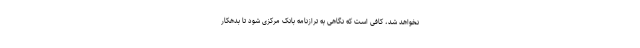
نخواهد شد، کافی است که نگاهی به ترازنامه بانک مرکزی شود تا بدهکار